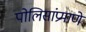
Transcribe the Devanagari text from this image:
पोलिसांप्रमाणे